Triigi_(Aleksandri)_vallavalitsus_Harjumaal, lk 22
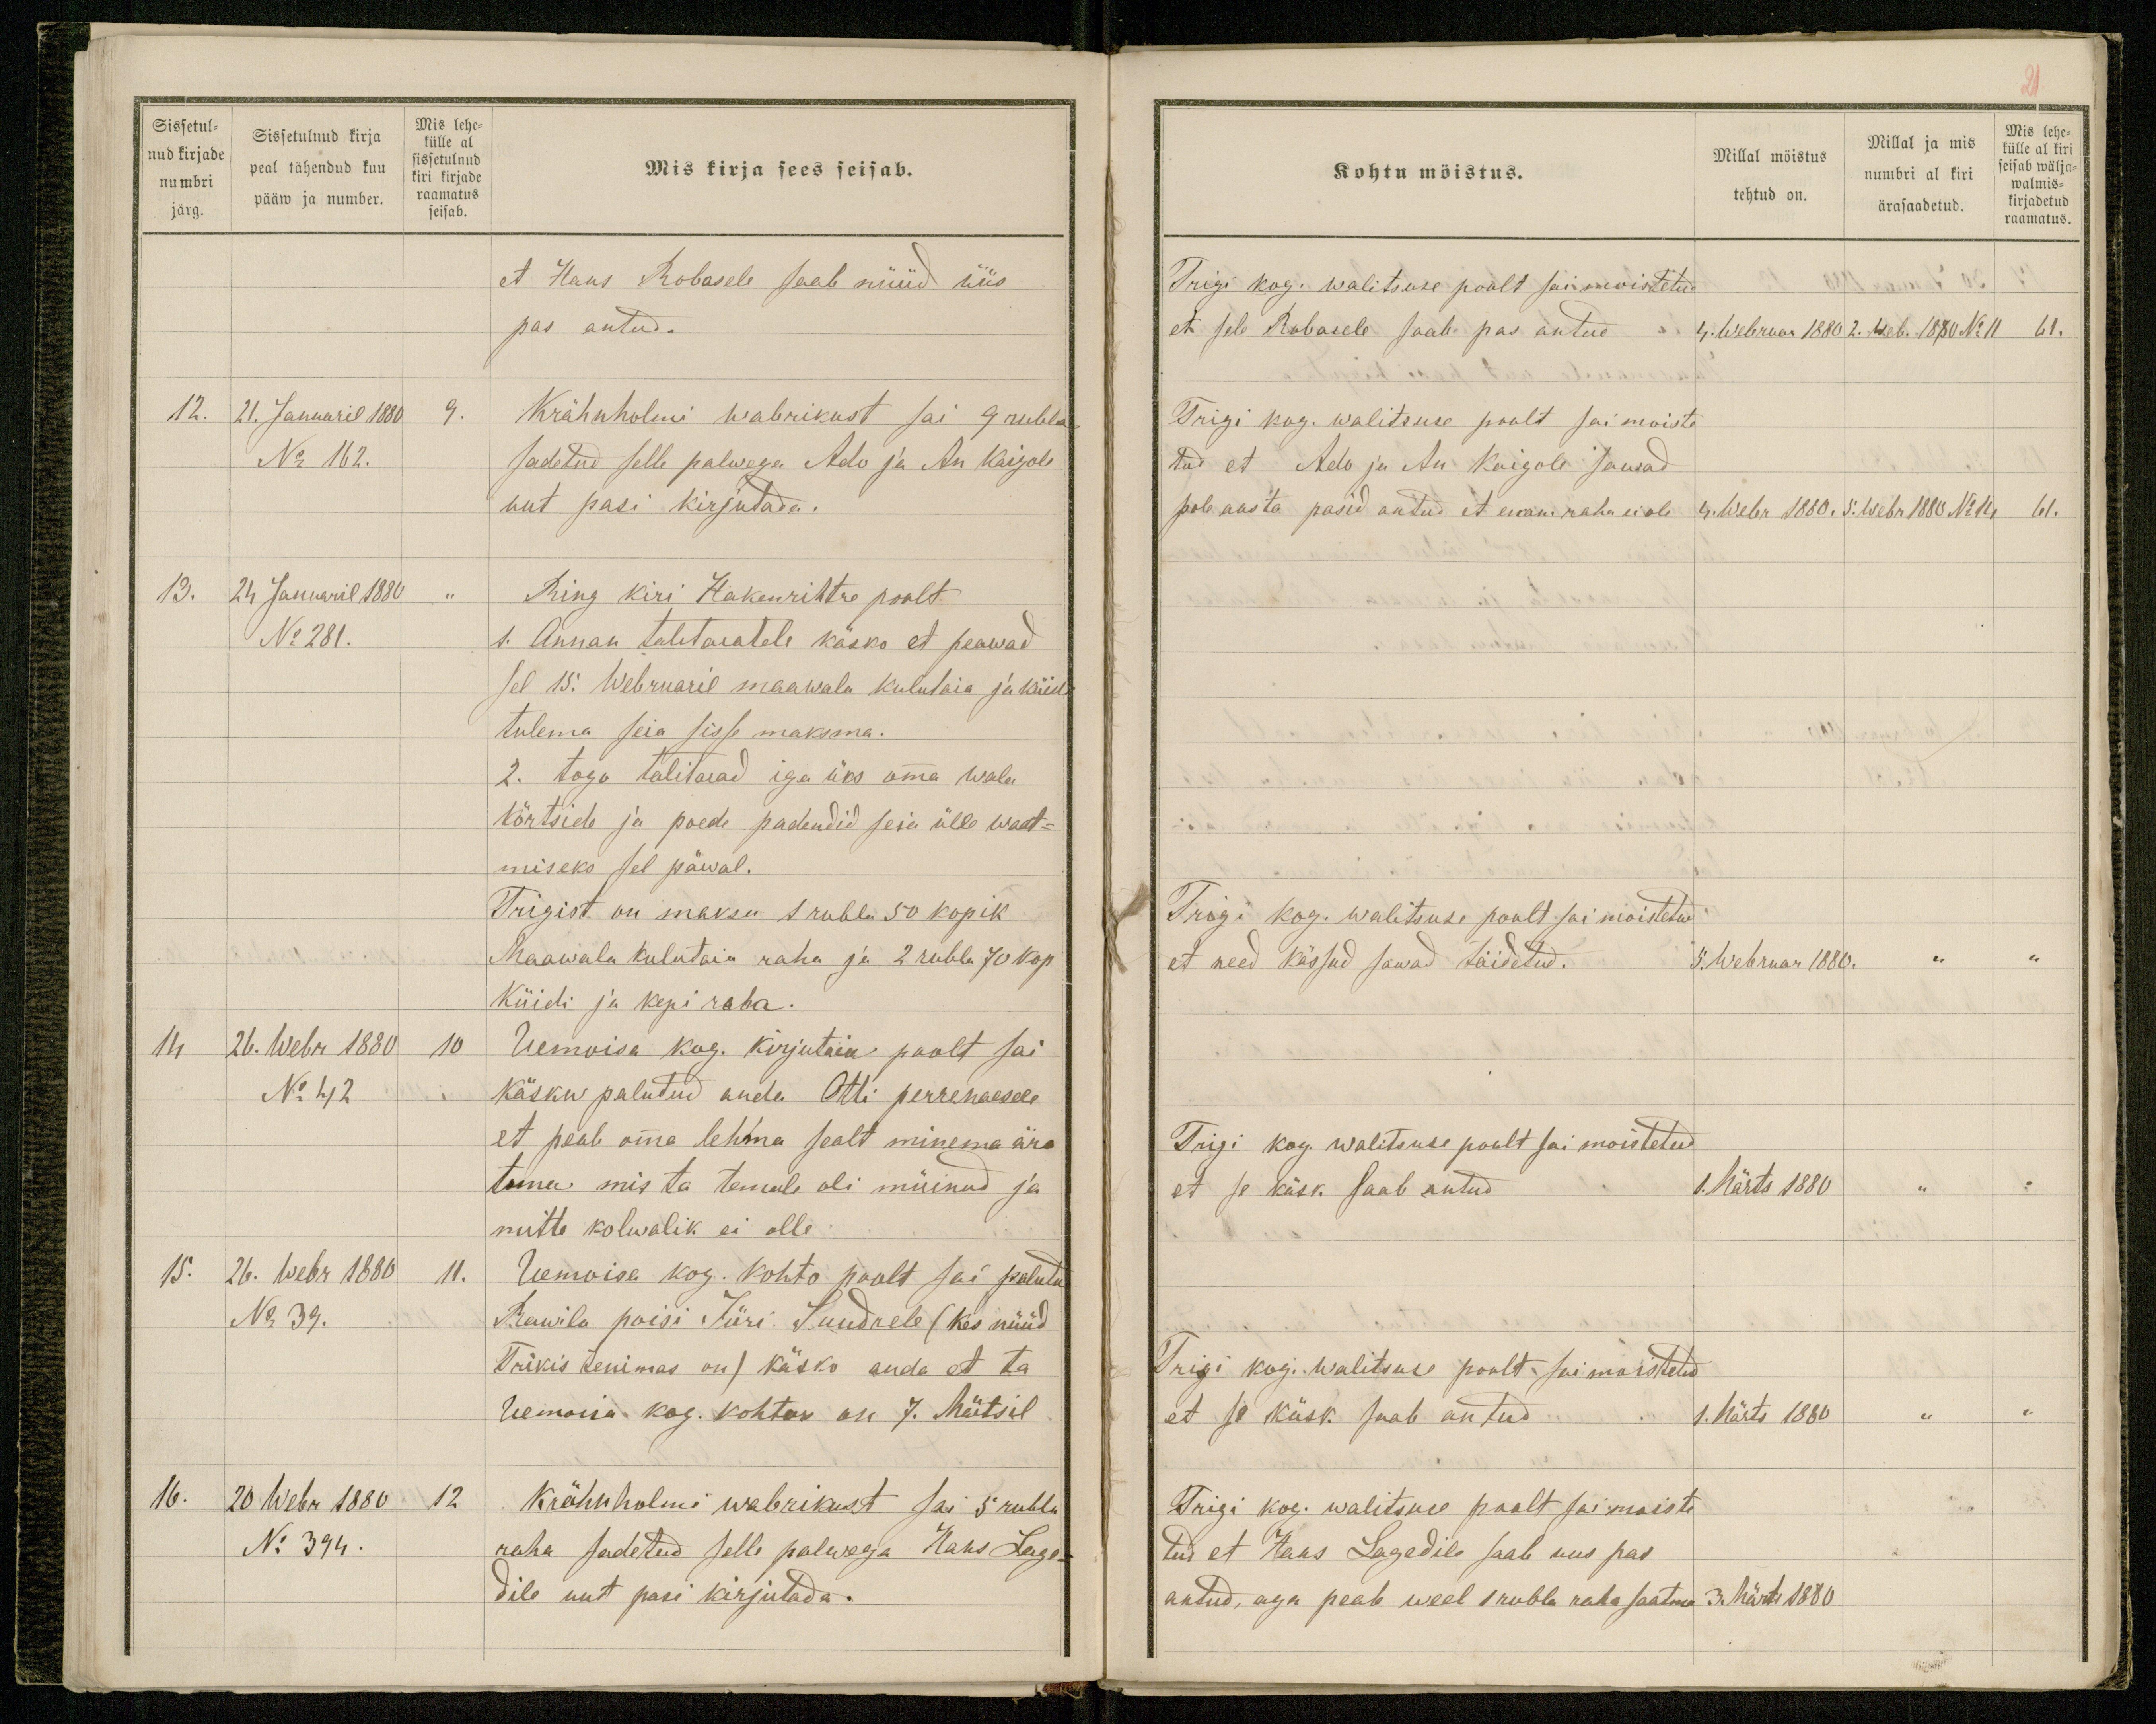
Sissetul-
nud kirjade
numbri
järg.
Sissetulnud kirja
peal tähendud kuu
pääw ja number.
Mis lehe-
külle al
sissetulnud
kiri kirjade
raamatus
seisab.
Mis kirja sees seisab.
et Hans Robasele saab nüüd üüs
pas antud.
12. 21. Januaril 1880 9.
Krähnholmi wabrikust sai 9 rubla
No 162.
sadetud selle palwega Ado ja An Kaigole
uut pasi kirjutada.
13. 24 Januaril 1880 "
Ring kiri Hakenrihtre poolt
No 281.
1. Annan talitaiatele käsko et peawad
sel 15. Webruaril maawala kulutaia ja küidi
tulema seia sisse maksma.
2. togo talitaiad iga üks omma wala
kõrtside ja poede padendid seia ülle waat-
miseks sel päwal.
Trigist on maksu 1 rubla 50 kopik
Maawala kulutaia raha ja 2 rubla 70 kop
küidi ja kepi raha.
14 26. Webr 1880 10
Uemoisa kog. kirjutaia poolt sai
No 42
käsku palutud anda Otti perrenaesele
et peab omma lehma sealt minema ära
tema mis ta temale oli müinud ja
mitte kolwalik ei olle
15. 26. Webr 1880 11.
Uemoisa kog. kohto poolt sai palutud
No 39.
Rawila poisi Jüri Suudrele (kes nüüd
Trikis tenimas on) käsko anda et ta
Uemoisa kog. kohtos on 7. Märtsil
16. 20 Webr 1880 12
Krähnholmi wabrikust sai 5 rubla
No 394.
raha sadetud selle palwega Hans Lage-
dile uut pasi kirjutada.

21
Kohtu möistus.
Millal möistus
tehtud on.
Millal ja mis
numbri al kiri
ärasaadetud.
Mis lehe-
külle al kiri
seisab wälja-
walmis-
kirjadetud
raamatus.
Trigi kog. walitsuse poolt sai moistetud
et sele Robasele saab pas antud
4. Webruar 1880 2. Web. 1880 No 11 61.
Trigi kog. walitsuse poolt sai moiste
tud et Ado ju An Koigole sawad
pole aasta pasid antud et enam raha ei ole
4. Webr 1880. 5. Webr 1880 No 14 61.
Trigi kog. walitsuse poolt sai moistetud
et need kässud sawad täidetud.
5. Webruar 1880. " "
Trigi kog. walitsuse poolt sai moistetud
et se käsk saab antud
1. Märts 1880 " "
Trigi kog. walitsuse poolt sai moistetud
et se käsk saab antud
1. Märts 1880 " "
Trigi kog. walitsuse poolt sai moiste
tud et Hans Lagedile saab uus pas
antud, aga peab weel 1 rubla raha saatma
3. Märts 1880